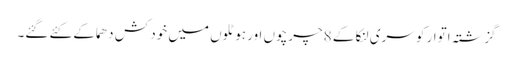
گزشتہ اتوار کو سری لنکا کے 8چرچوں اور ہوٹلوں میں خود کش دھماکے کئے گئے۔